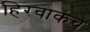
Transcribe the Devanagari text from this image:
हिरवाकंच